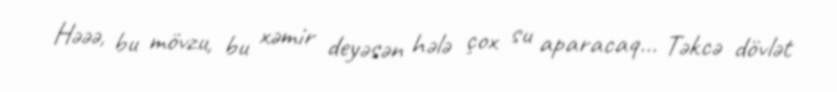
Həəə, bu mövzu, bu xəmir deyəsən hələ çox su aparacaq... Təkcə dövlət